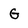
Character: G